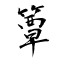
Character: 簟